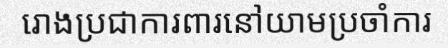
រោងប្រជាការពារនៅយាមប្រចាំការ